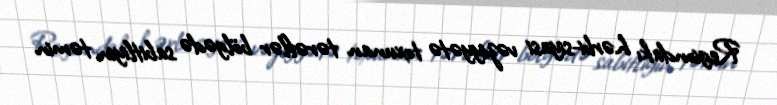
Regiondakı hərbi-siyasi vəziyyətə toxunan tərəflər bölgədə sabitliyin təmin